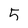
Character: 5